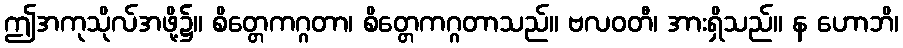
ဤအကုသိုလ်အဖို့၌။ စိတ္တေကဂ္ဂတာ၊ စိတ္တေကဂ္ဂတာသည်။ ဗလဝတီ၊ အားရှိသည်။ န ဟောဘိ၊